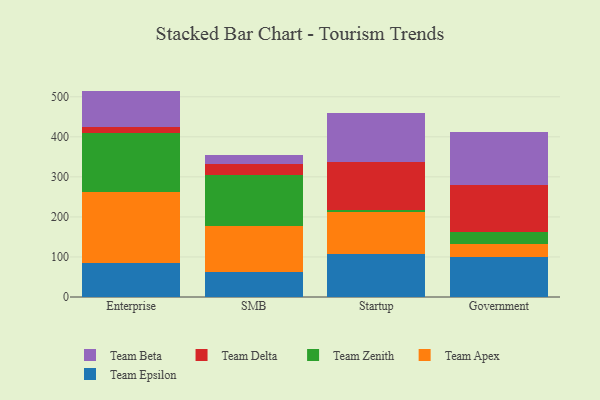
{"axis": {"x": "Segment", "y": "Net Income (USD K)"}, "legend": ["Team Apex", "Team Beta", "Team Delta", "Team Epsilon", "Team Zenith"], "data": [{"x": "Enterprise", "y": 85.3, "type": "Team Epsilon"}, {"x": "Enterprise", "y": 177.9, "type": "Team Apex"}, {"x": "Enterprise", "y": 145.6, "type": "Team Zenith"}, {"x": "Enterprise", "y": 14.7, "type": "Team Delta"}, {"x": "Enterprise", "y": 91.3, "type": "Team Beta"}, {"x": "SMB", "y": 62.0, "type": "Team Epsilon"}, {"x": "SMB", "y": 116.3, "type": "Team Apex"}, {"x": "SMB", "y": 126.4, "type": "Team Zenith"}, {"x": "SMB", "y": 26.3, "type": "Team Delta"}, {"x": "SMB", "y": 23.8, "type": "Team Beta"}, {"x": "Startup", "y": 107.4, "type": "Team Epsilon"}, {"x": "Startup", "y": 103.7, "type": "Team Apex"}, {"x": "Startup", "y": 5.2, "type": "Team Zenith"}, {"x": "Startup", "y": 121.1, "type": "Team Delta"}, {"x": "Startup", "y": 121.8, "type": "Team Beta"}, {"x": "Government", "y": 99.8, "type": "Team Epsilon"}, {"x": "Government", "y": 32.4, "type": "Team Apex"}, {"x": "Government", "y": 30.1, "type": "Team Zenith"}, {"x": "Government", "y": 116.2, "type": "Team Delta"}, {"x": "Government", "y": 133.9, "type": "Team Beta"}]}